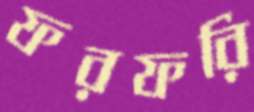
ফরফরি